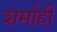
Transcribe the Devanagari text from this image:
शर्माही